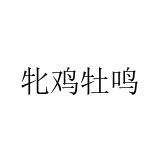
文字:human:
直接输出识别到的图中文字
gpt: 牝鸡牡鸣